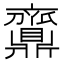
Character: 𪔉